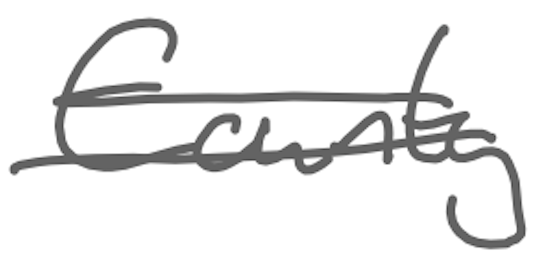
Text: County
Cross-out: double-line
Writing tool: digital_gray